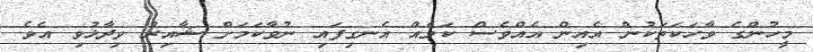
މީހުންގެ ވާހަކަތަކުން އެއިން އެއްވެސް ކަމެއް އެނގިފައި ނުވާކަމަށް ޝާއިރު ވިދާޅުވި އެވެ.